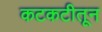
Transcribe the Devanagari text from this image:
कटकटीतून